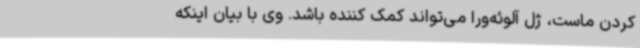
کردن ماست، ژل آلوئه‌ورا می‌تواند کمک کننده باشد. وی با بیان اینکه